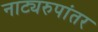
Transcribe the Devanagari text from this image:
नाट्यरुपांतर